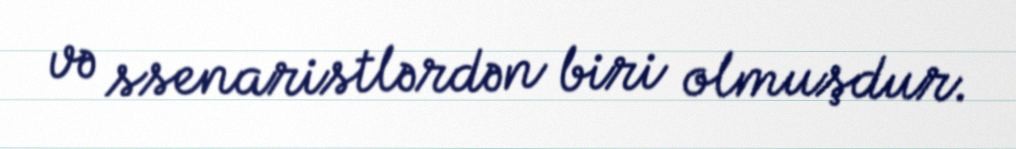
və ssenaristlərdən biri olmuşdur.